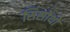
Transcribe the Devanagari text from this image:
सिसोथो